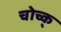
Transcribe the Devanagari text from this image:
चोच्क्